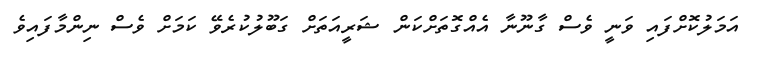
އަމަލުކޮށްފައި ވަނީ ވެސް ގާނޫނާ އެއްގޮތަށްކަން ޝަރީއަތަށް ގަބޫލުކުރެވޭ ކަމަށް ވެސް ނިންމާފައިވެ